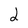
Character: 2